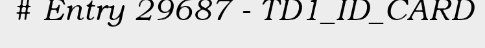
# Entry 29687 - TD1_ID_CARD